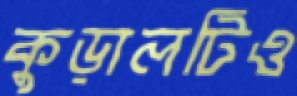
কুড়ালটিও